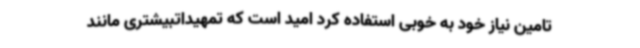
تامین نیاز خود به خوبی استفاده کرد امید است که تمهیداتبیشتری مانند